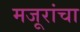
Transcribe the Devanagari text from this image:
मजूरांचा